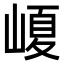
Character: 𡺷